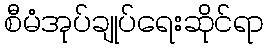
စီမံအုပ်ချုပ်ရေးဆိုင်ရာ